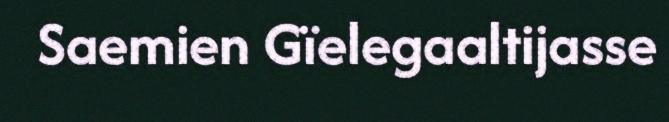
Saemien Gïelegaaltijasse